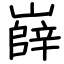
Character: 嶭